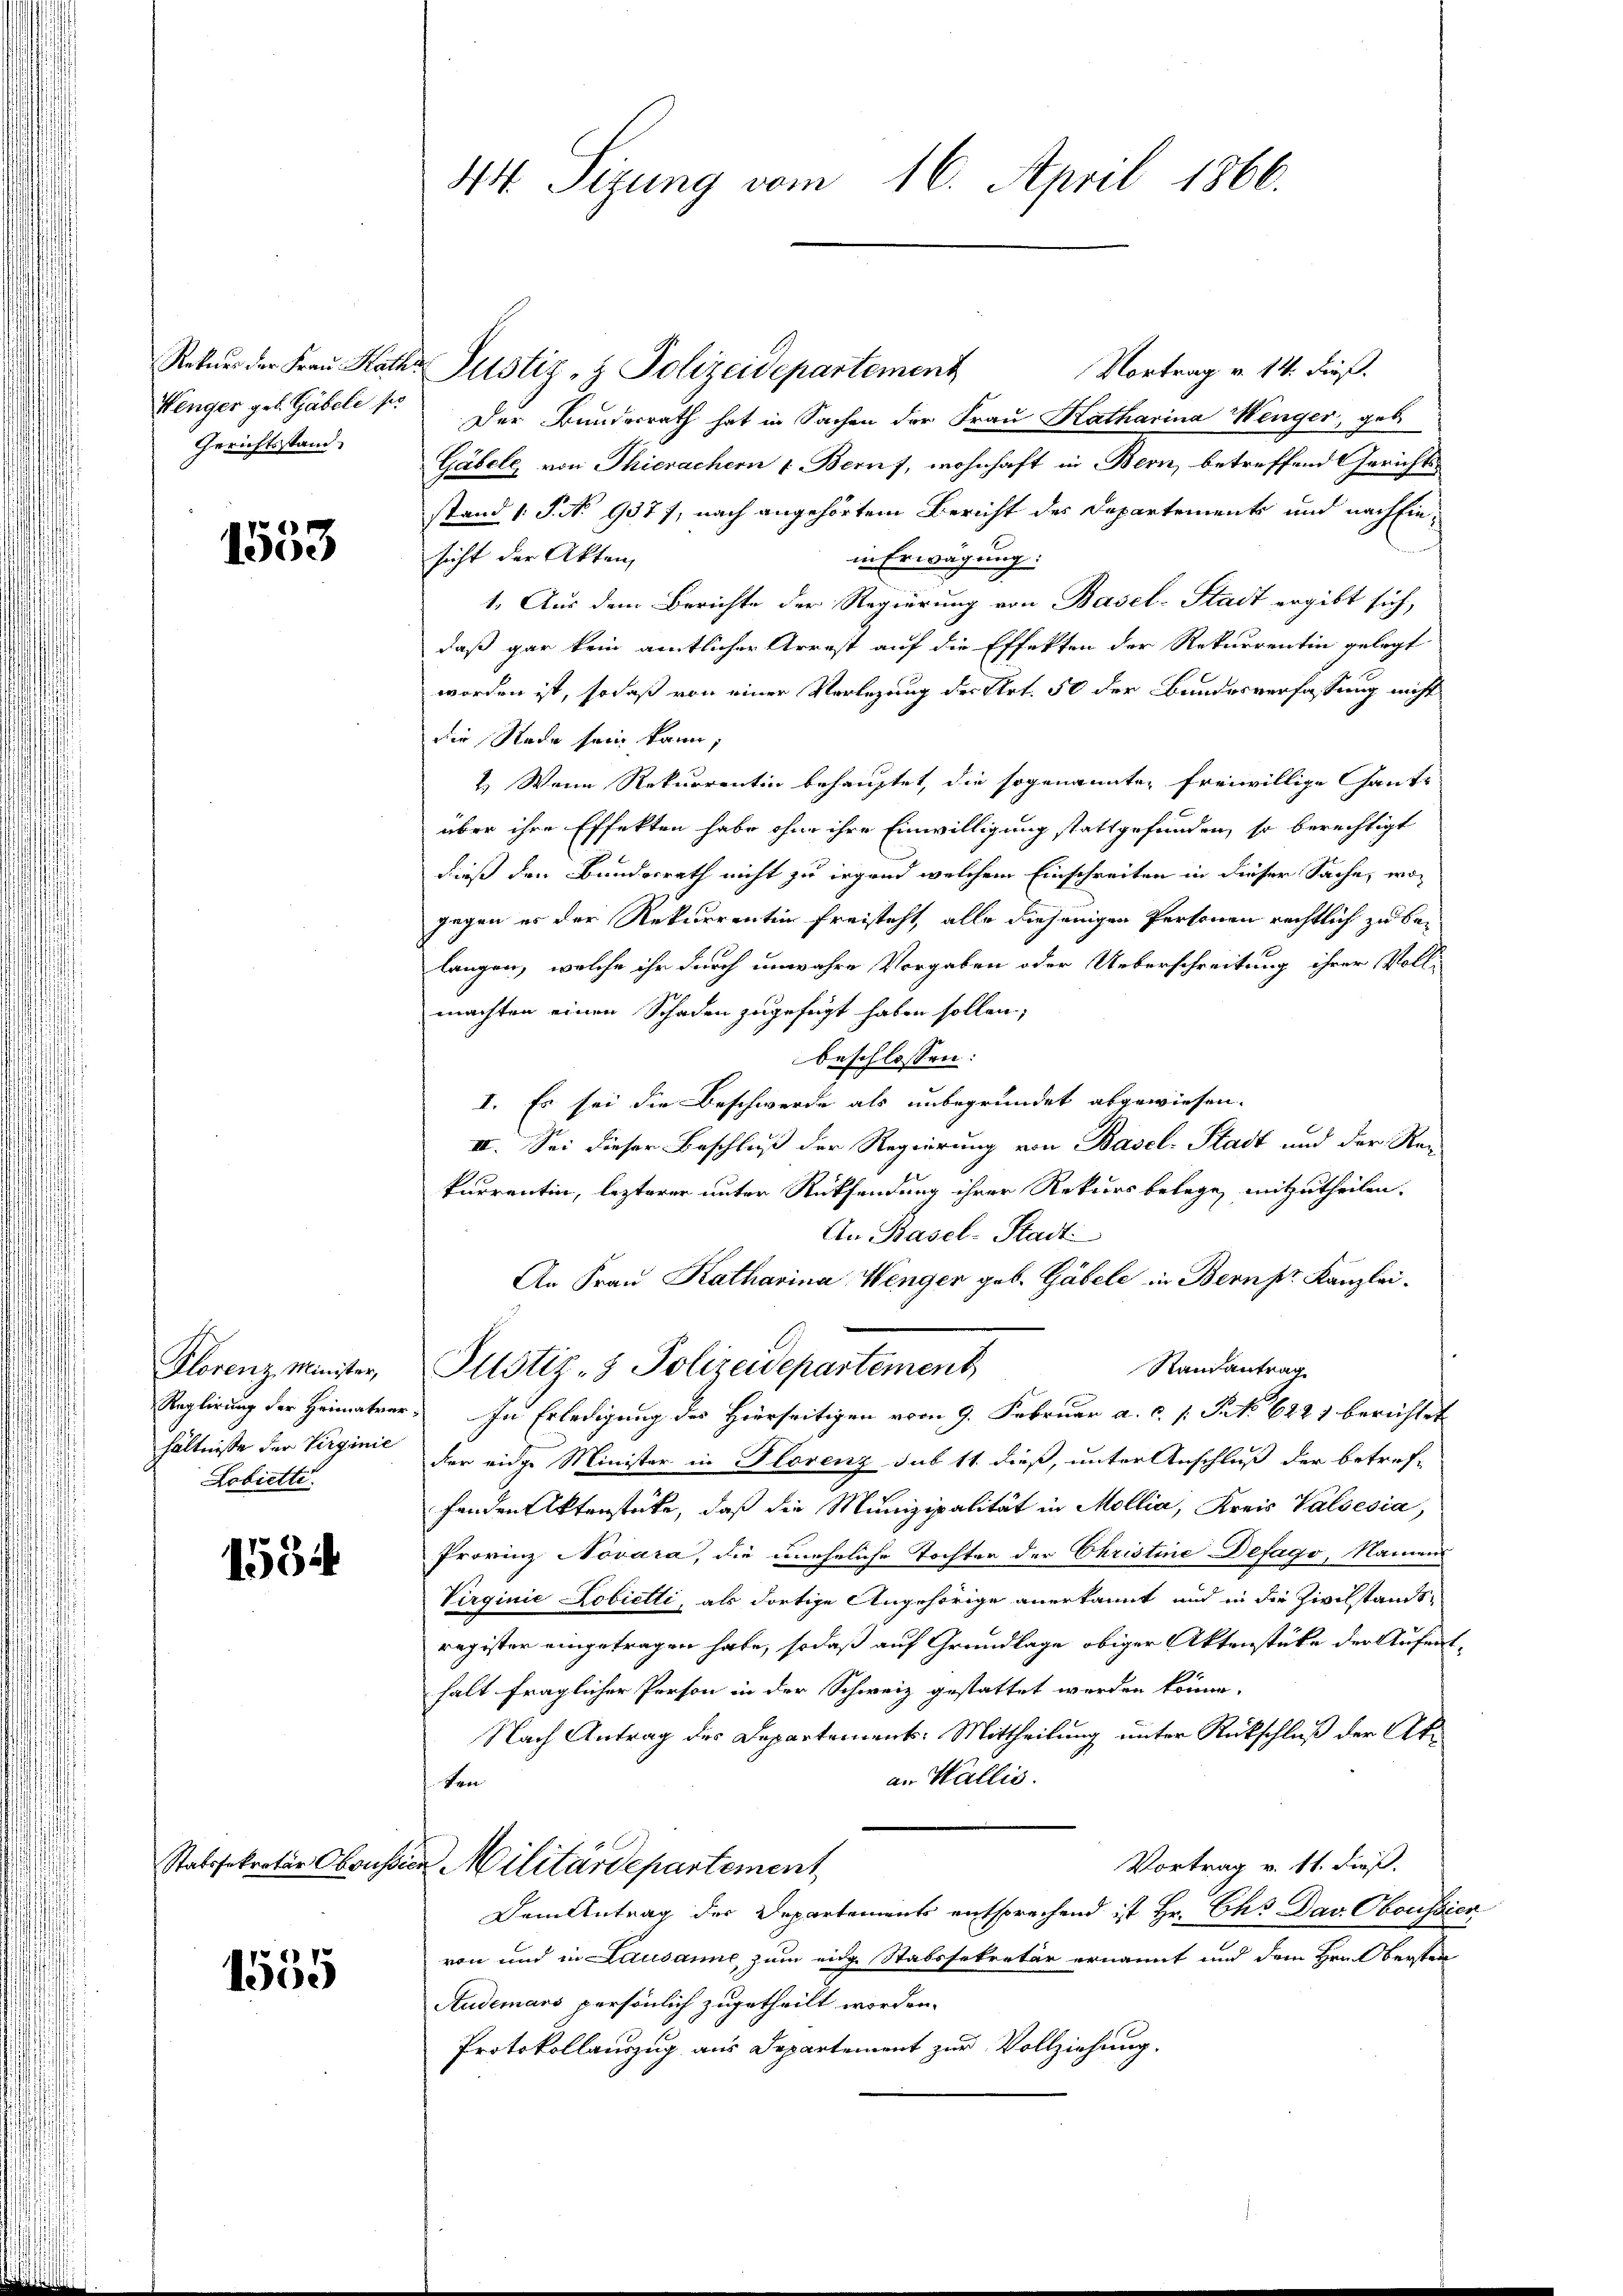
Gerichtsstand.

x
1500

Florenz Minister,
hältnisse der Virginie
Lobrette.

1534

1555

44. Sizung vom 16. April 1866.

Rokŭer der Fraŭ Katha Justiz- & Polizeidepartement
Vortrag v. 14. dieß.
Henger geb. Gabele 1. Der Bundesrath hat in Sachen der Frau Katharina Wenger, geb.
Gäbele von Thierachern & Bern, wohnhaft in Bern, betreffend Gerichtstand 1. P. No 937); nach angehörtem Bericht des Departements und nach Ein-
sicht der Akten,
in Erwägung:
1. Aus dem Berichte der Regierung von Basel-Stadt ergibt sich,
daß gar kein amtlicher Arrest auf die Effekten der Rekurrentin gelegt
worden ist, sodaß von einer Verlegung des Art. 50 der Bundesverfassung nicht
Die Rade sein kann;
2.) Wenn Rekurrentin behauptet, die sogenannte, freiwillige Gant-
über ihre Effekten habe ohne ihre Einwilligung stattgefunden, so berechtigt
dieß den Bundesrath nicht zu irgend welchem Einschreiten in dieser Sache, wogegen es der Rekurrentin freisteht, alle diejenigen Personen rechtlich zu belangen, welche ihr durch unwahre Vorgaben oder Ueberschreitung ihrer Voll-
749
machten einen Schaden zugefügt haben sollen;
beschlossen:
I. Es sei die Beschwerde als unbegründet abgewiesen.
II. Sei dieser Beschluß der Regierung von Basel-Stadt und der Rekurrentin, lezterer unter Rücksendung ihrer Rekurs belage mitzutheilen.
An Basel-Stadt
An Frau Katharina Wenger geb. Gabele in Bern pr. Kanzlei.
Raisantrag
Justiz- & Polizeidepartement
Reglirung der Heimater. In Erledigung des Hierseitigen vom 9. Februar a. c. s. S. 6221 berichtet
der eidge Minister in Florenz sub 11. dieß, unter Anschluß der betref-
fenden Aktenstücke, daß die Munizipalität in Mollia, Kreis Valsesia,
Provinz Novara, die uneheliche Tochter der Christine Defago, Namens
Virginie Lobietli, als dortige Angehörige anerkannt und in die Zivilstands-
register eingetragen habe, sodaß auf Grundlage obiger Aktenstüke der Aufenthalt fraglicher Person in der Schweiz gestattet werden könne.
Nach Antrag des Departements-Mittheilung unter Rückschluß der Akan Wallis.
ken
Vortrag v. 11. dieß.
Statssekretär Obrussin Militärdepartement
Dem Antrag des Departements entsprechend ist Hr. Chs Dav. Oboussier
von und in Lausanne zum eidg. Stabssekretär ernannt und dem Hrn. Bersten
Audemari persönlich zugetheilt worden.
Protokollauszug aus Departement zur Vollziehung.